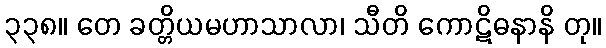
၃၃၈။ တေ ခတ္တိယမဟာသာလာ၊ သီတိ ကောဋိဓနာနိ တု။